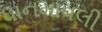
ધાનમાવલી